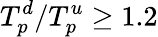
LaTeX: T_{p}^{d}/T_{p}^{u}\geq 1.2